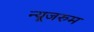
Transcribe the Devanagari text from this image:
न्यूजरुम